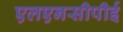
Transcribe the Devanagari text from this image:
एलएनसीपीई